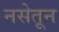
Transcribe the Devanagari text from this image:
नसेतून